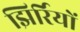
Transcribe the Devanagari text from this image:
झिर्रियों